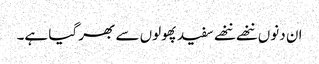
ان دنوں ننھے ننھے سفیدپھولوں سے بھر گیا ہے۔